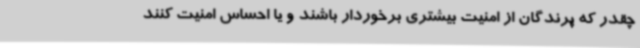
چقدر که پرندگان از امنیت بیشتری برخوردار باشند و یا احساس امنیت کنند